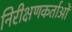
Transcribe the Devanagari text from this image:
निरीक्षणकर्ताओं